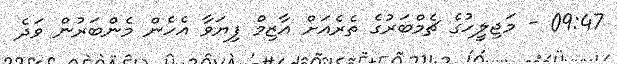
09:47 - މަޖިލީހުގެ ޗެމްބަރުގެ ތެރެއަށް އާޒިމް ފިޔަވާ އެހެން މެންބަރުން ވަދެ